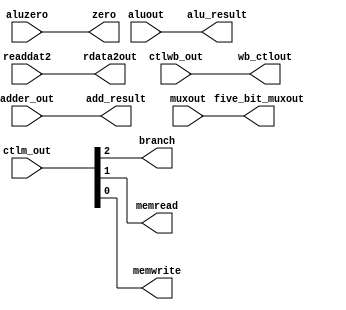
`timescale 1ns / 1ps
/*
Names: Beverly Abadines (004737953), Kyle Lee (005054981)
Term: Spring 2016
Class: CSE 401
Module: ex_mem.v
Lab: 3
Date: May 18th, 2016

This is the latch that receives signals form all the modules of the execute stage. Its outputs go to MEM/WB and FETCH.
*/
module ex_mem(
	input	wire	[1:0]	ctlwb_out,
	input	wire	[2:0]	ctlm_out,
	input	wire	[31:0]	adder_out,
	input	wire		aluzero,
	input	wire	[31:0]	aluout, readdat2,
	input	wire	[4:0]	muxout,
	output	reg	[1:0]	wb_ctlout,
	output	reg		branch, memread, memwrite, //output of M control line from ID/EX latch (lab 2-2)
	output	reg	[31:0]	add_result,
	output	reg		zero,
	output	reg	[31:0]	alu_result, rdata2out,
	output	reg	[4:0]	five_bit_muxout
    );

	initial begin
		wb_ctlout <= 0; 
		branch <= 0; memread <= 0; memwrite <= 0;
		add_result <= 0;
		zero <= 0;
		alu_result <= 0; rdata2out <= 0;
		five_bit_muxout <= 0;
	end

	always@* begin
		#1 //Update Delay
		
		//Use Fig 3.7 to assign the inputs to the outputs 
		wb_ctlout <= ctlwb_out;
		branch <= ctlm_out[2];    
		memread <= ctlm_out[1];       
		memwrite <= ctlm_out[0];     
                   	                          
      add_result <= adder_out;   
		zero <= aluzero;
		alu_result <= aluout;
		rdata2out <= readdat2;
		five_bit_muxout <= muxout;
	end

endmodule // ex_mem